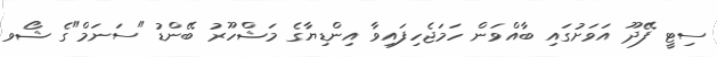
ސިޓީ ފޭދޫ އަވަށުގައި ބާއްވަން ހަމަޖެހިފައިވާ އިންޑިޔާގެ މަޝްހޫރު ބޭންޑު "ސަނަމް"ގެ ޝޯވ